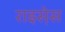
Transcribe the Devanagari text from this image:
राइस़ेस